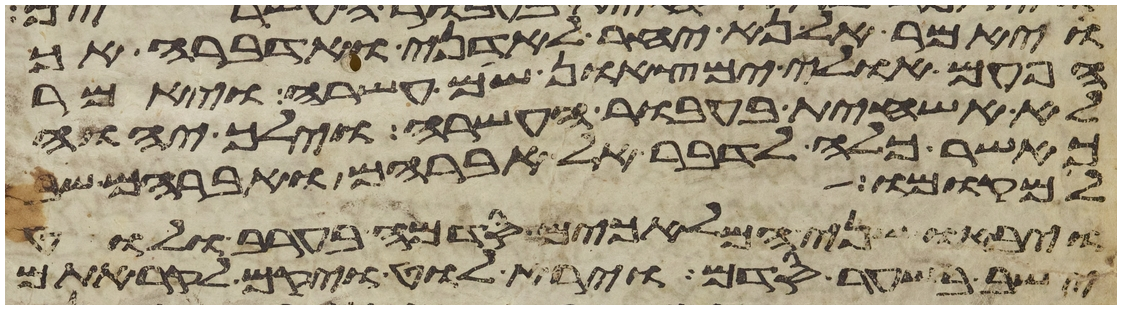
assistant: ויאמר אל נא יחר לאדני ואדברה אך
הפעם אולי ימצאון שם עשרה ויאמר
לא אשחית בעבור העשרה וילך יהוה
שם עשרה ויאמר
כאשר כלה לדבר אל אברהם ואברהם שב
למקומו
ויבאו שני המלאכים סדמה בערב ולוט
ישב בשער סדם וירא לוט ויקם לקראתם